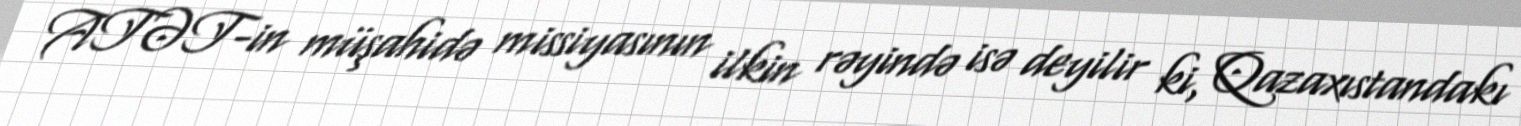
ATƏT-in müşahidə missiyasının ilkin rəyində isə deyilir ki, Qazaxıstandakı